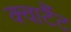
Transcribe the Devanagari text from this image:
क्वार्टैट